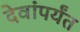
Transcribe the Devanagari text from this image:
देवांपर्यंत